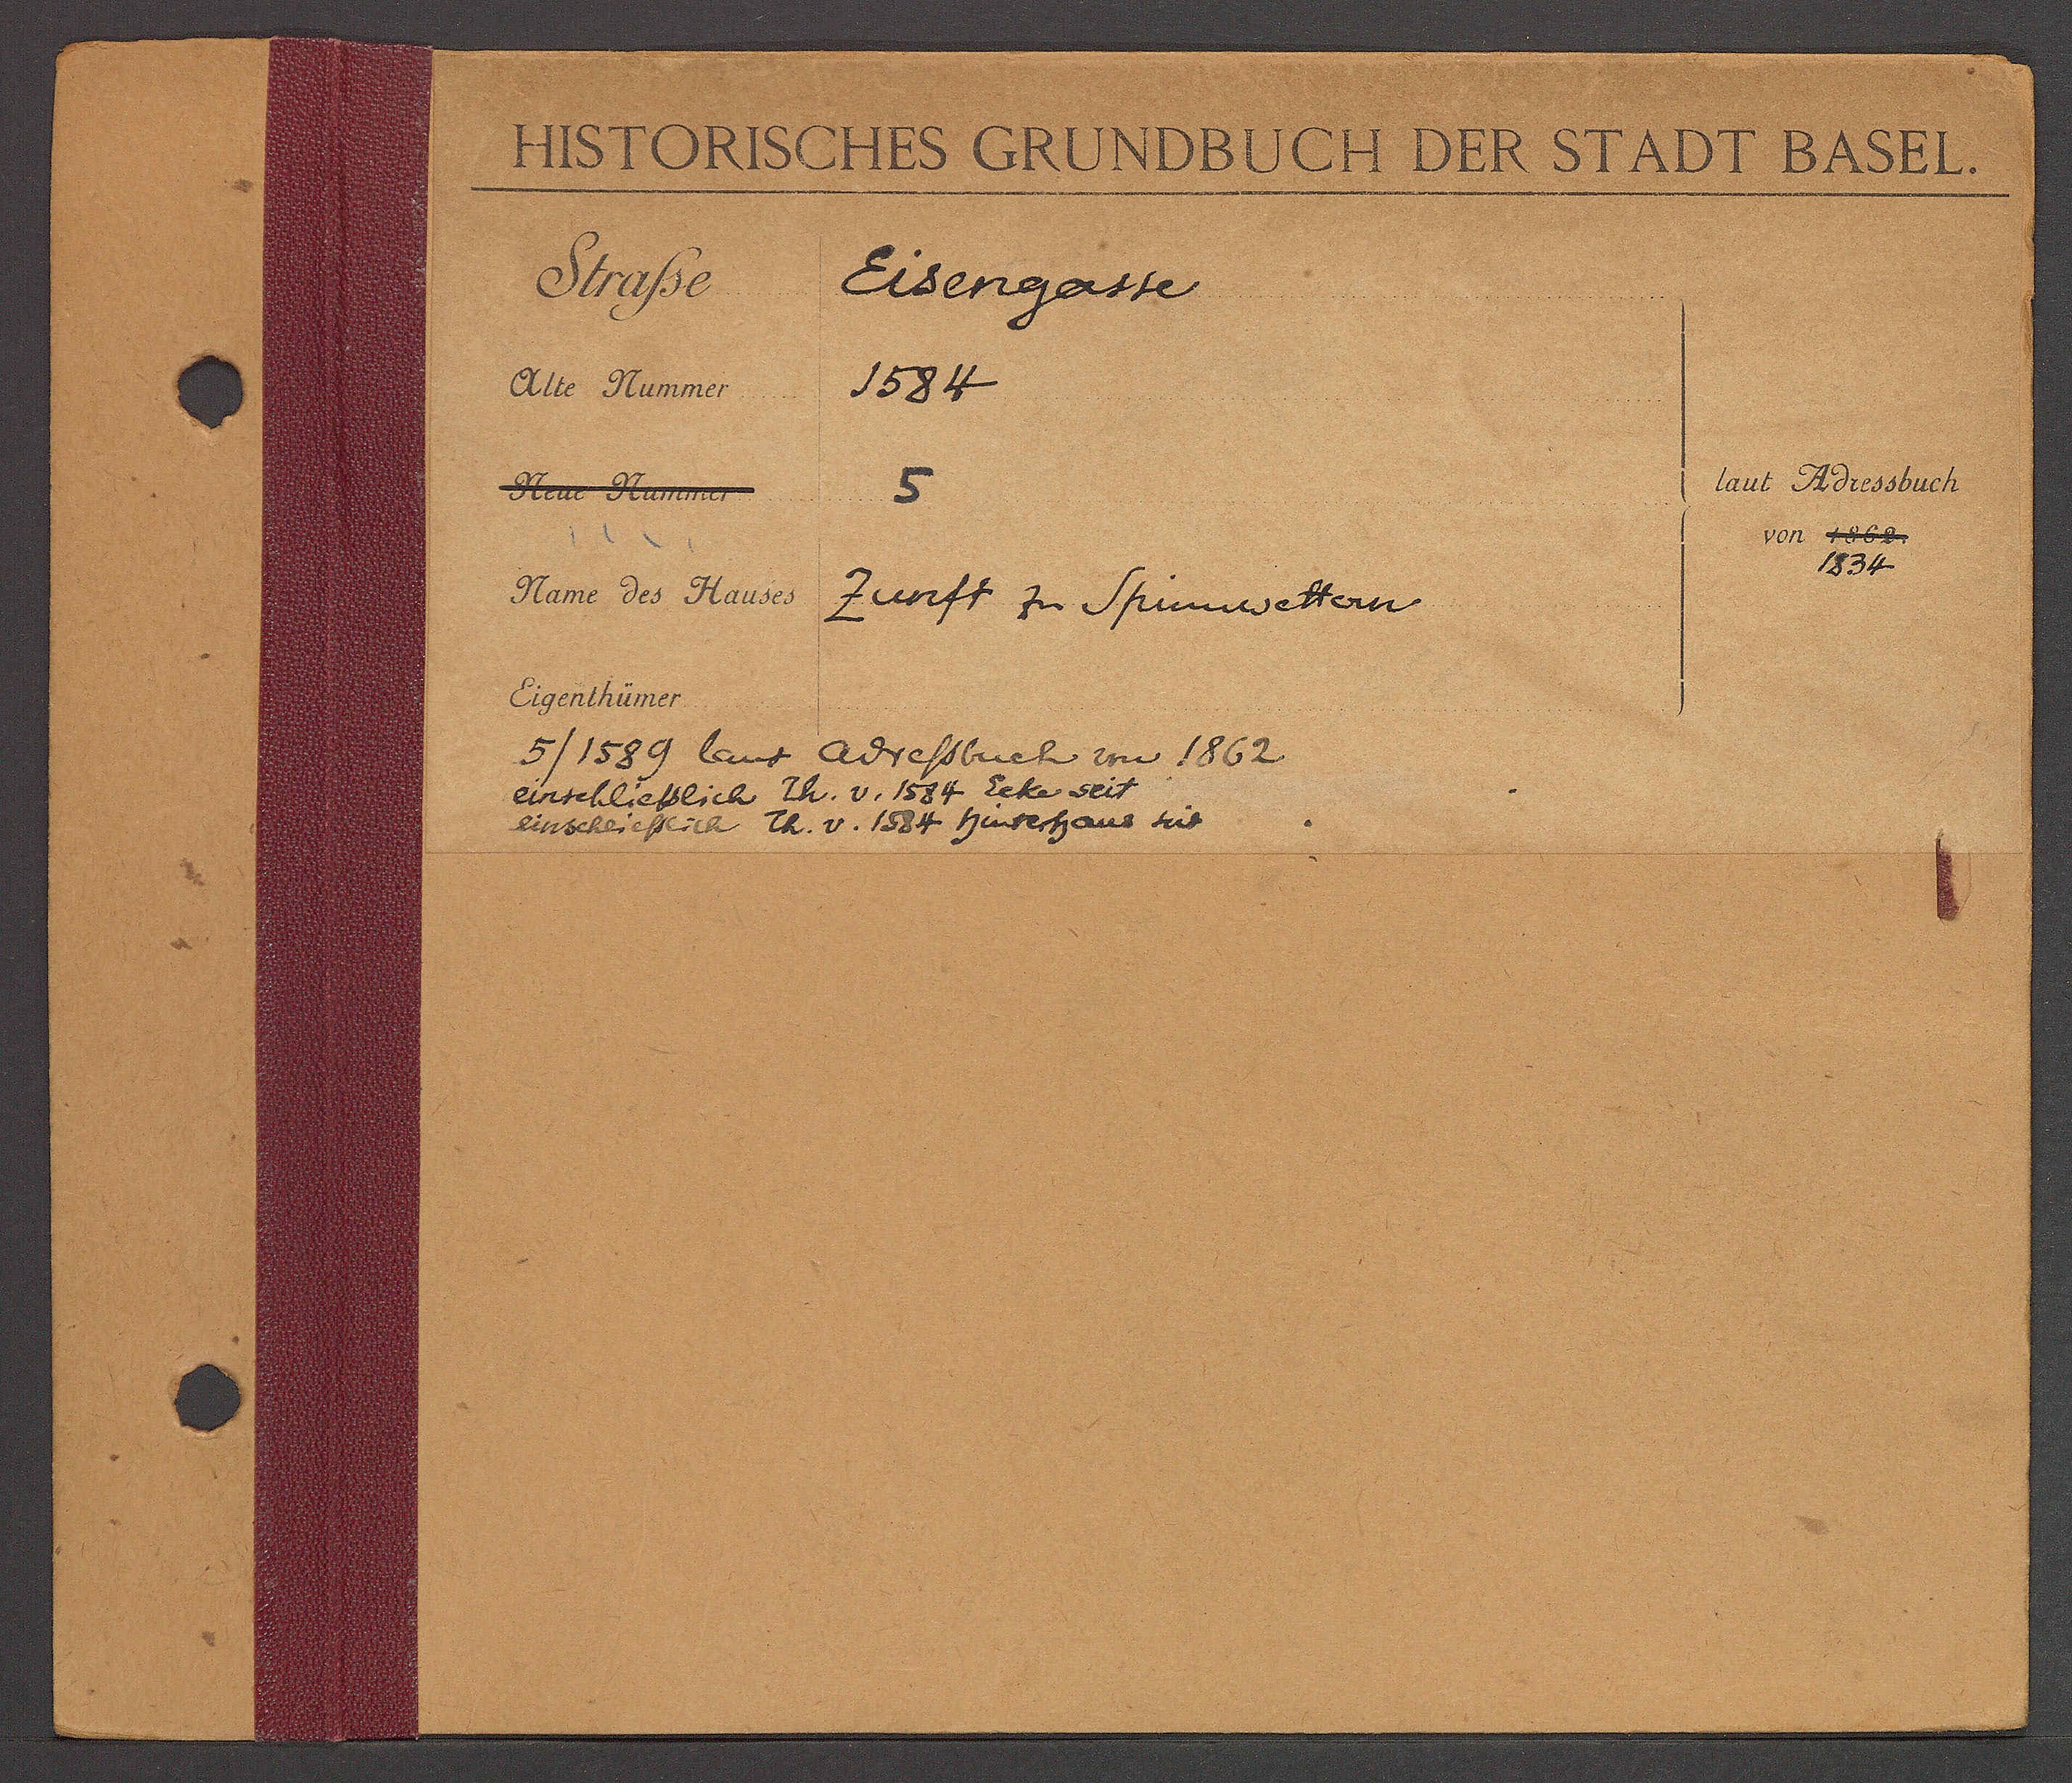
Transcript:
Eisengasse
1584

laut Adressbuch
Hen Kamr
5

834

5/1589 laut Adreßbuch von 1862
einschlicßlich Ih. V. 1584 Eeke seit
einschricftlich Eh. v. 1584 Zenestans sie